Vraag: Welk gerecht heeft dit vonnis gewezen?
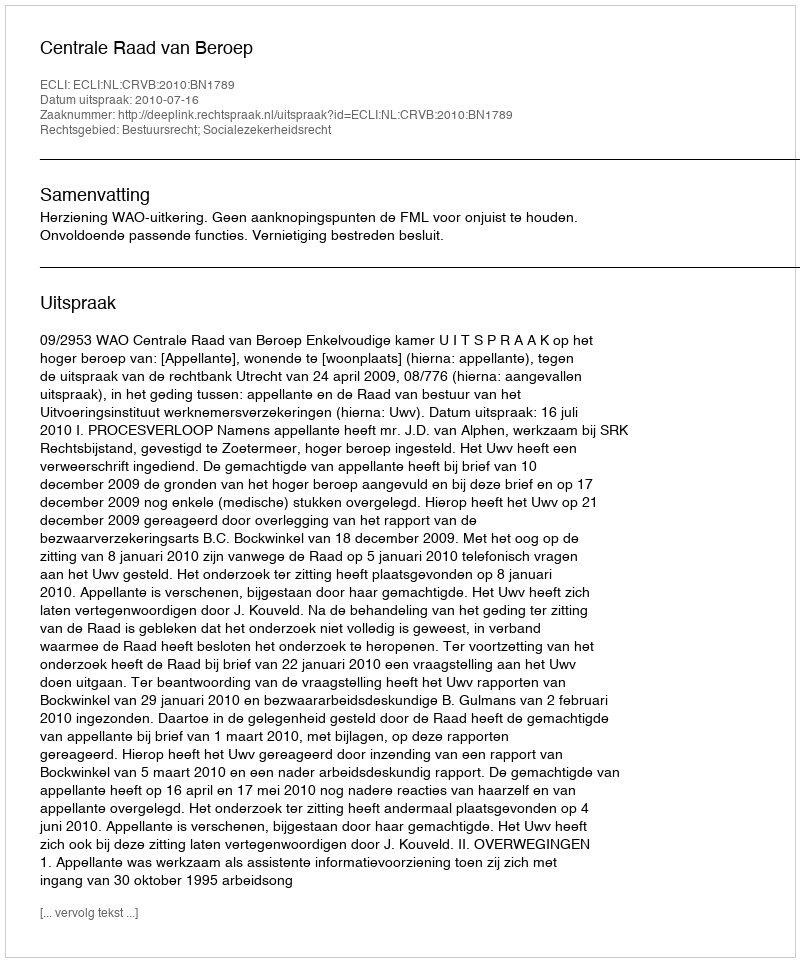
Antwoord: Centrale Raad van Beroep